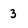
Character: 3